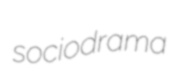
sociodrama